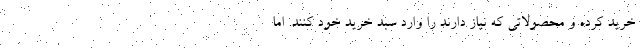
خرید کرده و محصولاتی که نیاز دارند را وارد سبد خرید خود کنند. اما